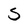
Character: S